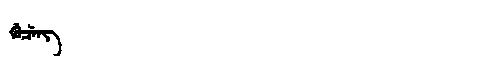
Manchu: ᡤᡠᠴᡝᠩ
Romanization: GUCENG